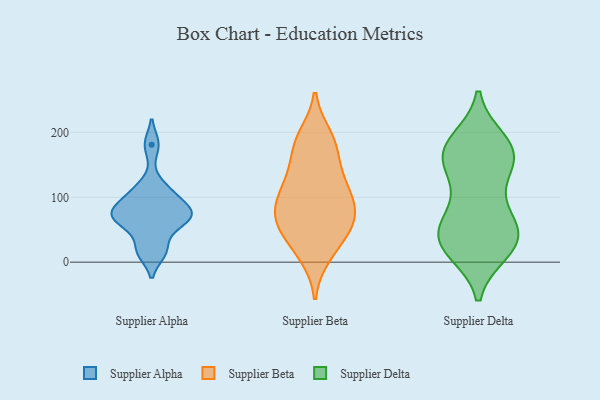
{"axis": {"x": "Customer Acquisition Cost (USD)", "y": "Value"}, "legend": ["Supplier Alpha", "Supplier Beta", "Supplier Delta"], "data": [{"x": "", "y": 86, "type": "Supplier Alpha"}, {"x": "", "y": 15, "type": "Supplier Alpha"}, {"x": "", "y": 181, "type": "Supplier Alpha"}, {"x": "", "y": 115, "type": "Supplier Alpha"}, {"x": "", "y": 104, "type": "Supplier Alpha"}, {"x": "", "y": 63, "type": "Supplier Alpha"}, {"x": "", "y": 79, "type": "Supplier Alpha"}, {"x": "", "y": 71, "type": "Supplier Alpha"}, {"x": "", "y": 74, "type": "Supplier Alpha"}, {"x": "", "y": 58, "type": "Supplier Alpha"}, {"x": "", "y": 20, "type": "Supplier Alpha"}, {"x": "", "y": 65, "type": "Supplier Beta"}, {"x": "", "y": 171, "type": "Supplier Beta"}, {"x": "", "y": 59, "type": "Supplier Beta"}, {"x": "", "y": 15, "type": "Supplier Beta"}, {"x": "", "y": 90, "type": "Supplier Beta"}, {"x": "", "y": 60, "type": "Supplier Beta"}, {"x": "", "y": 104, "type": "Supplier Beta"}, {"x": "", "y": 105, "type": "Supplier Beta"}, {"x": "", "y": 122, "type": "Supplier Beta"}, {"x": "", "y": 180, "type": "Supplier Beta"}, {"x": "", "y": 125, "type": "Supplier Beta"}, {"x": "", "y": 41, "type": "Supplier Beta"}, {"x": "", "y": 143, "type": "Supplier Beta"}, {"x": "", "y": 10, "type": "Supplier Beta"}, {"x": "", "y": 190, "type": "Supplier Beta"}, {"x": "", "y": 51, "type": "Supplier Beta"}, {"x": "", "y": 73, "type": "Supplier Beta"}, {"x": "", "y": 194, "type": "Supplier Beta"}, {"x": "", "y": 84, "type": "Supplier Beta"}, {"x": "", "y": 179, "type": "Supplier Delta"}, {"x": "", "y": 18, "type": "Supplier Delta"}, {"x": "", "y": 47, "type": "Supplier Delta"}, {"x": "", "y": 135, "type": "Supplier Delta"}, {"x": "", "y": 155, "type": "Supplier Delta"}, {"x": "", "y": 36, "type": "Supplier Delta"}, {"x": "", "y": 52, "type": "Supplier Delta"}, {"x": "", "y": 26, "type": "Supplier Delta"}, {"x": "", "y": 186, "type": "Supplier Delta"}, {"x": "", "y": 48, "type": "Supplier Delta"}, {"x": "", "y": 169, "type": "Supplier Delta"}, {"x": "", "y": 94, "type": "Supplier Delta"}, {"x": "", "y": 75, "type": "Supplier Delta"}, {"x": "", "y": 31, "type": "Supplier Delta"}, {"x": "", "y": 22, "type": "Supplier Delta"}, {"x": "", "y": 167, "type": "Supplier Delta"}, {"x": "", "y": 174, "type": "Supplier Delta"}, {"x": "", "y": 156, "type": "Supplier Delta"}]}